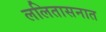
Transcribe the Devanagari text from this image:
ललितासनात